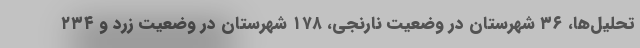
تحلیل‌ها، ۳۶ شهرستان در وضعیت نارنجی، ۱۷۸ شهرستان در وضعیت زرد و ۲۳۴